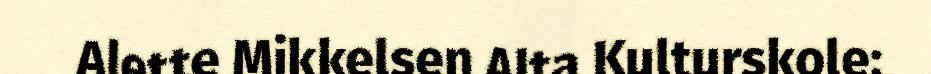
Alette Mikkelsen Alta Kulturskole: